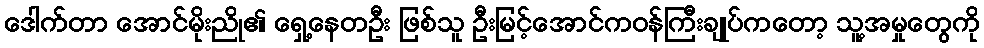
ဒေါက်တာ အောင်မိုးညို၏ ရှေ့နေတဦး ဖြစ်သူ ဦးမြင့်အောင်ကဝန်ကြီးချုပ်ကတော့ သူ့အမှုတွေကို